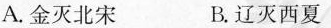
A.金灭北宋 B.辽灭西夏